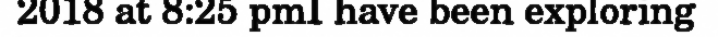
2018 at 8:25 pmI have been exploring